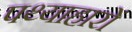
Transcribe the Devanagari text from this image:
पथ्याहारों